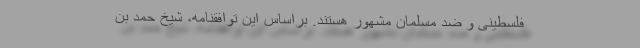
فلسطینی و ضد مسلمان مشهور هستند. براساس این توافقنامه، شیخ حمد بن